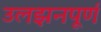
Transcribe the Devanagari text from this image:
उलझनपूर्ण